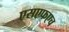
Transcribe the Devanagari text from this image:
एसएफएच